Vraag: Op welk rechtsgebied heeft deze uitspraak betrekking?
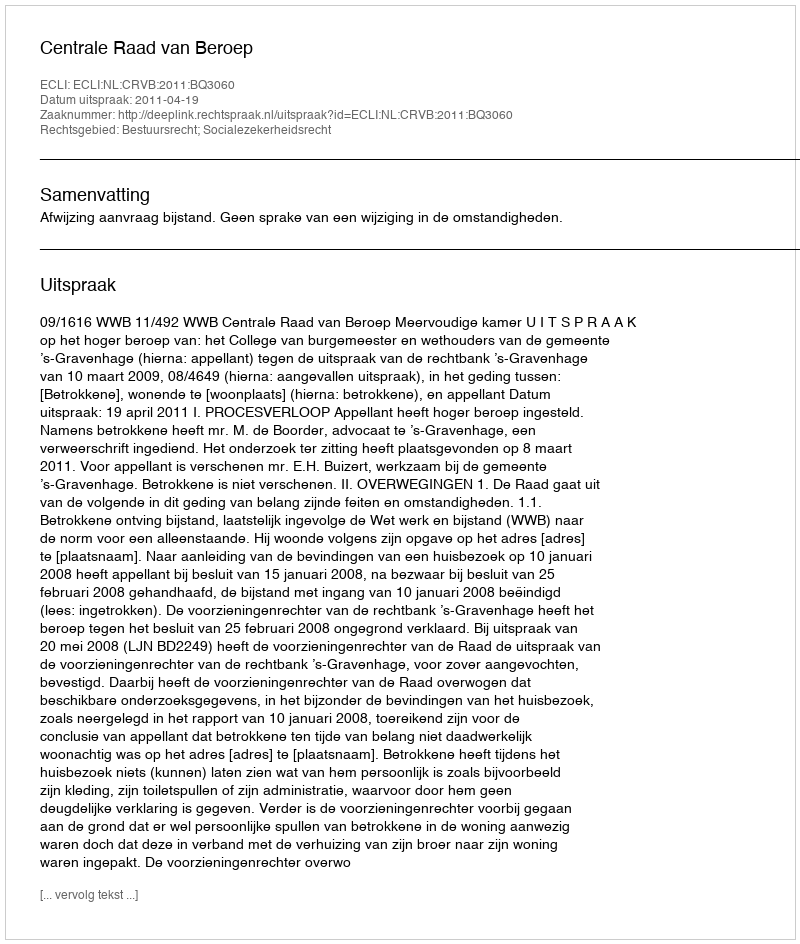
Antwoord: Bestuursrecht; Socialezekerheidsrecht